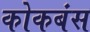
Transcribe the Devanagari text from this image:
कोकबंस